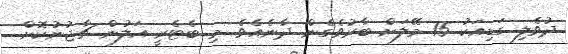
ދުވެލި ގަޑިއަކު 15 މޭލަށް ބާރުވެގެން ދާނެއެވެ. މި ބެޓެރީ އަލުން ޗާޖުނުކޮށް